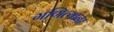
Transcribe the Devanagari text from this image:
गणित्यांना